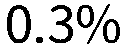
0.3%